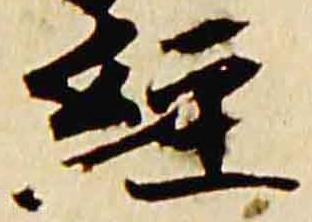
経